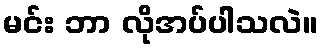
မင်း ဘာ လိုအပ်ပါသလဲ။